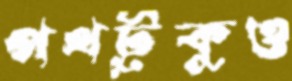
পথটুকুও